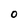
Character: 0